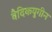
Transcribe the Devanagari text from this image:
वैदिकयुगीन